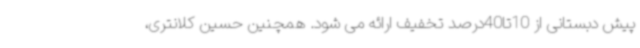
پیش دبستانی از 10تا40درصد تخفیف ارائه می شود. همچنین حسین کلانتری،